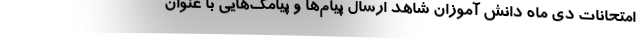
امتحانات دی ماه دانش آموزان شاهد ارسال پیام‌ها و پیامک‌هایی با عنوان